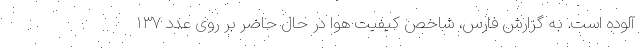
آلوده است. به گزارش فارس، شاخص کیفیت هوا در حال حاضر بر روی عدد ۱۳۷